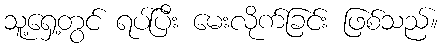
သူ့ရှေ့တွင် ရပ်ပြီး မေးလိုက်ခြင်း ဖြစ်သည်။